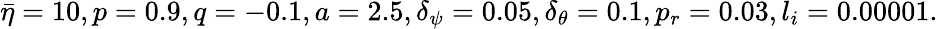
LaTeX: \bar{\eta}=10,p=0.9,q=-0.1,a=2.5,\delta_{\psi}=0.05,\delta_{\theta}=0.1,p_{r}=0.03,l_{i}=0.00001.